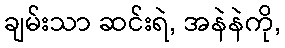
ချမ်းသာ ဆင်းရဲ, အနဲနဲကို,